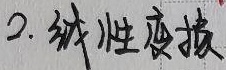
2. 线性变换